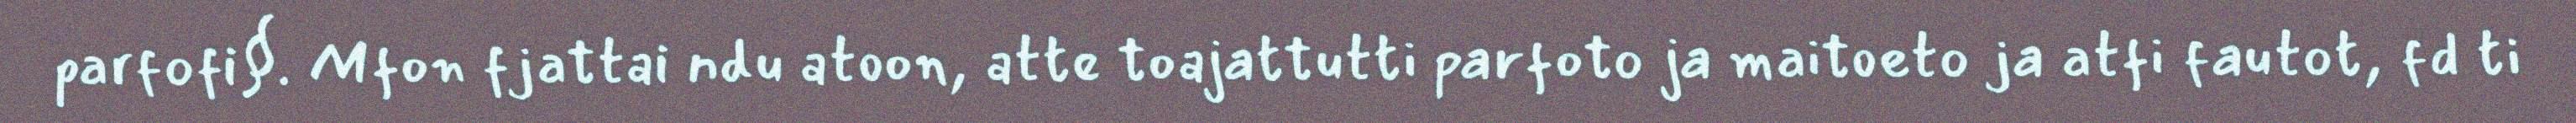
parfofi§. Mfon fjattai ndu atoon, atte toajattutti parfoto ja maitoeto ja atfi fautot, fd ti